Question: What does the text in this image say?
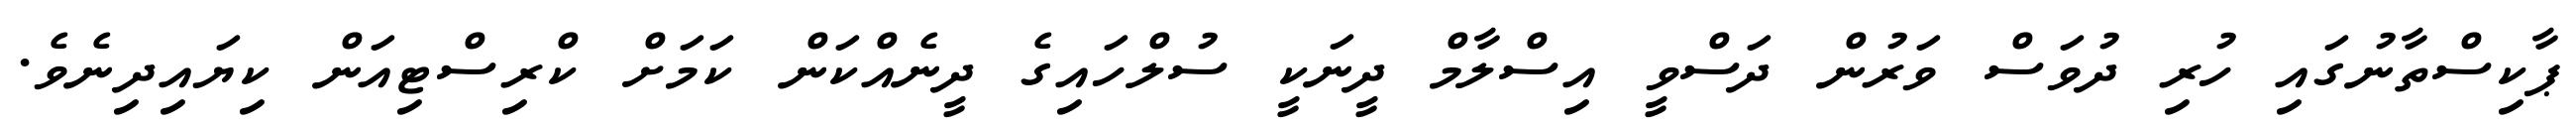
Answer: ޕާކިސްތާނުގައި ހުރި ދުވަސް ވަރުން ދަސްވީ އިސްލާމް ދީނަކީ ސުލްހައިގެ ދީނެއްކަން ކަމަށް ކްރިސްޓިއަން ކިޔައިދިނެވެ.